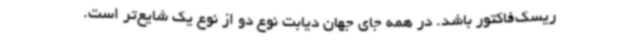
ریسک‌فاکتور باشد. در همه جای جهان دیابت نوع دو از نوع یک شایع‌تر است.